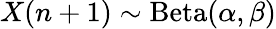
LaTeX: {X(n+1)}\sim\operatorname{Beta}(\alpha,\beta)